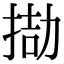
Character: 𢮌